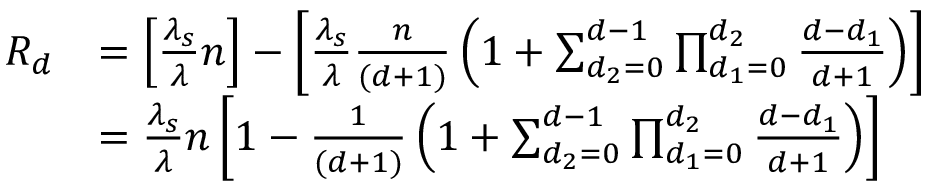
\begin{array} { r l } { R _ { d } } & { = \left[ \frac { \lambda _ { s } } { \lambda } n \right] - \left[ \frac { \lambda _ { s } } { \lambda } \frac { n } { ( d + 1 ) } \left( 1 + \sum _ { d _ { 2 } = 0 } ^ { d - 1 } \prod _ { d _ { 1 } = 0 } ^ { d _ { 2 } } \frac { d - d _ { 1 } } { d + 1 } \right) \right] } \\ & { = \frac { \lambda _ { s } } { \lambda } n \left[ 1 - \frac { 1 } { ( d + 1 ) } \left( 1 + \sum _ { d _ { 2 } = 0 } ^ { d - 1 } \prod _ { d _ { 1 } = 0 } ^ { d _ { 2 } } \frac { d - d _ { 1 } } { d + 1 } \right) \right] } \end{array}